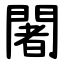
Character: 闍